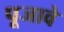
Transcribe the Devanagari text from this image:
पूजावे